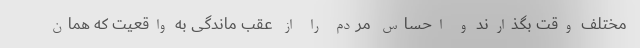
مختلف وقت بگذارند و احساس مردم را از عقب ماندگی به واقعیت که همان